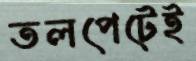
তলপেটেই